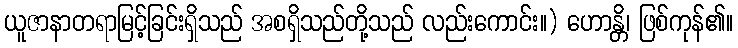
ယူဇာနာတရာမြင့်ခြင်းရှိသည် အစရှိသည်တို့သည် လည်းကောင်း။) ဟောန္တိ၊ ဖြစ်ကုန်၏။